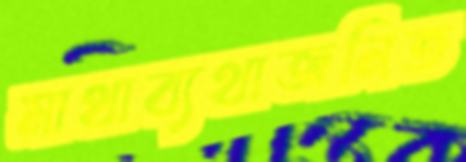
মাথাব্যথাজনিত